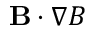
\mathbf { B } \cdot \nabla B